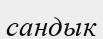
сандык